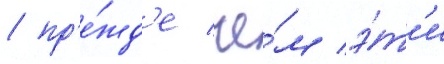
/ пр'е́жд'е че́м э́т'и